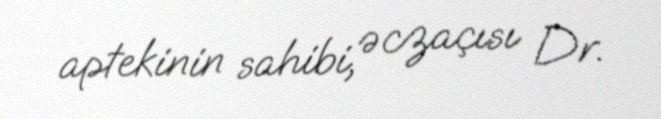
aptekinin sahibi, əczaçısı Dr.